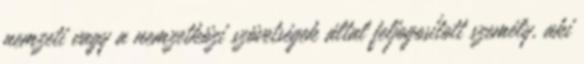
nemzeti vagy a nemzetközi szövetségek által feljogosított személy, aki